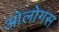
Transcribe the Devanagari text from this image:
ओलोगस